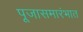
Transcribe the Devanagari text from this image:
पूजासमारंभात